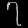
Digit: ၇